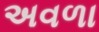
અવળા